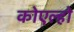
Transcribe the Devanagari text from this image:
कोएल्हो